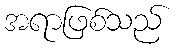
အရာဖြစ်သည်